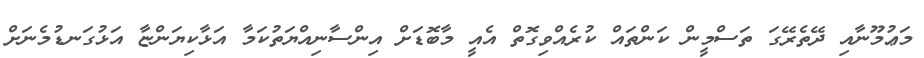
މަޢުމޫނާއި ދޭތެރޭގަ ތަސްމީން ކަންތައް ކުރެއްވިގޮތް އެއީ މާބޮޑަށް އިންސާނިއްޔަތުކަމާ އަޅާކިޔަންޏާ އަޅުގަނޑުމެނަށް